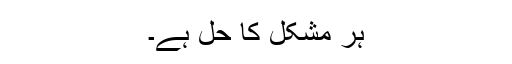
ہر مشکل کا حل ہے۔